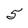
Character: 5